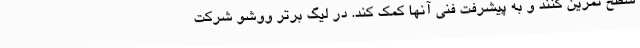
سطح تمرین کنند و به پیشرفت فنی آنها کمک کند. در لیگ برتر ووشو شرکت